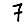
Digit: 7